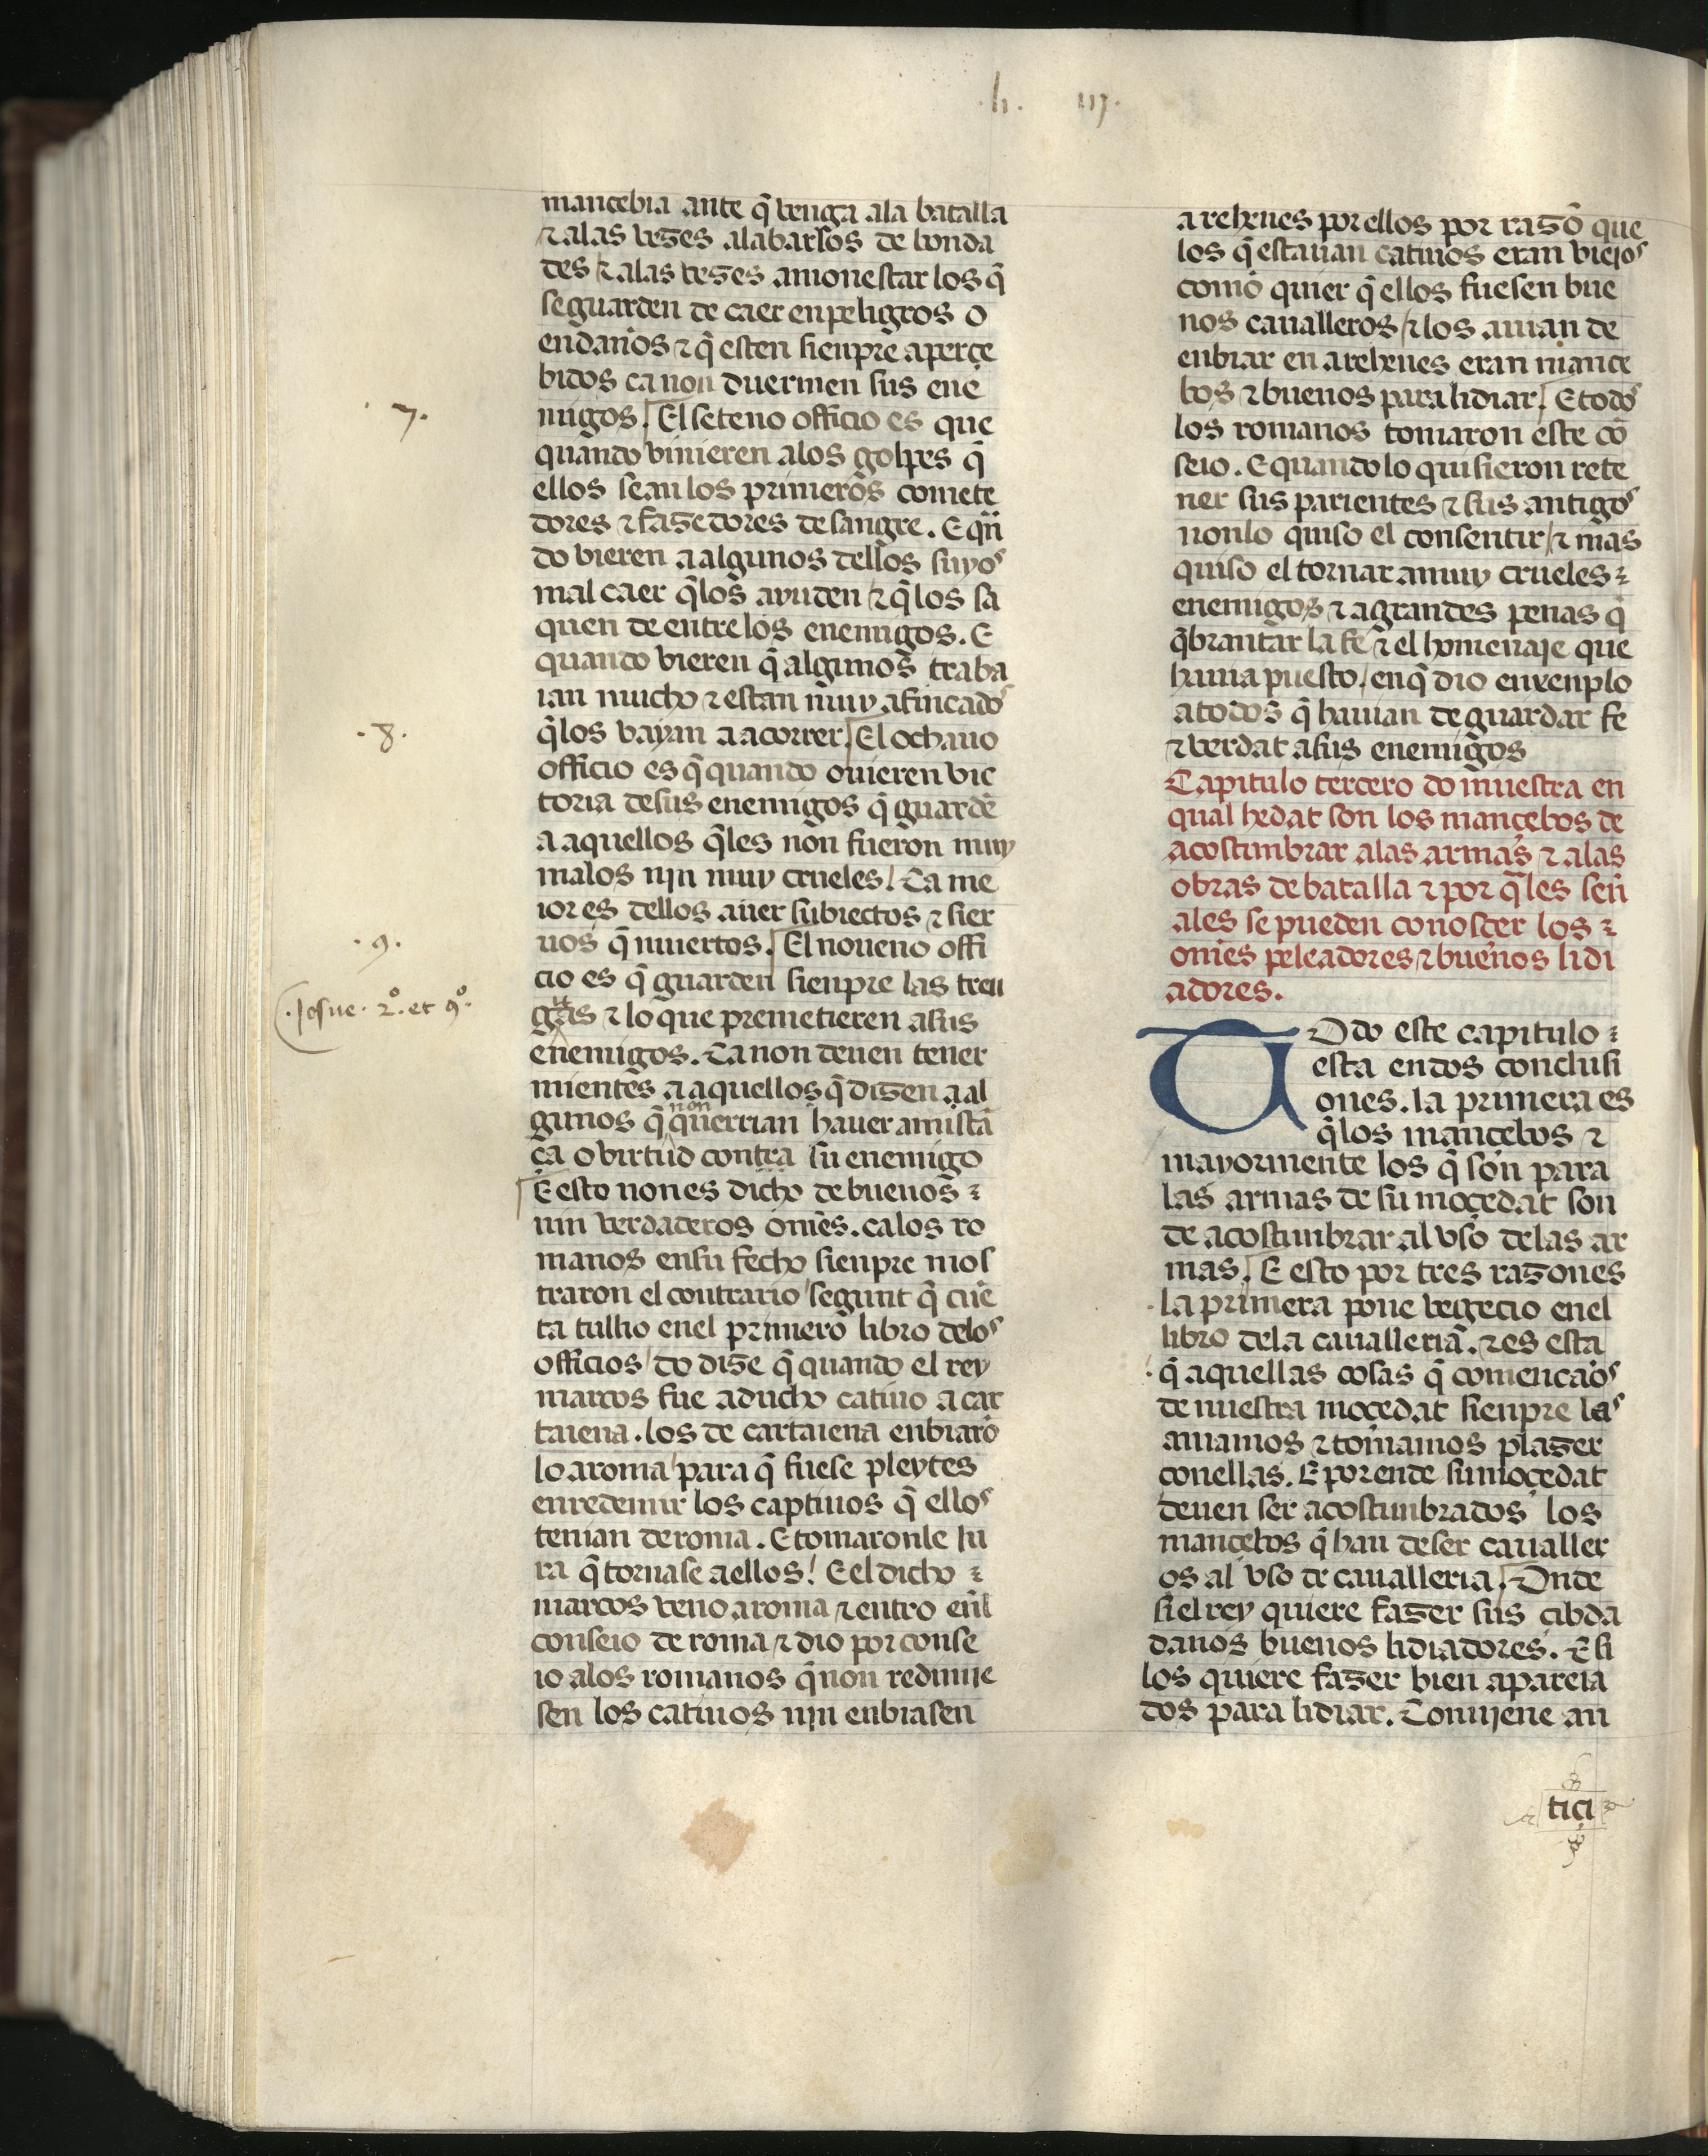
Shelfmark: Madrid, Fundación Lázaro Galdiano, mss 289
Century: 15